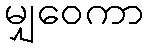
မျှဝေကာ